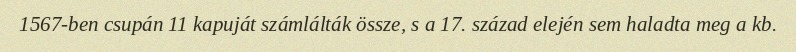
1567-ben csupán 11 kapuját számlálták össze, s a 17. század elején sem haladta meg a kb.